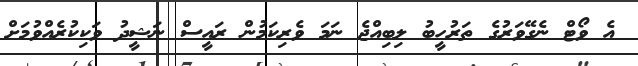
އެ ވޯޓް ނެގޭވަރުގެ ތަރުހީބު ލިބިއްޖެ ނަމަ ވެރިކަމުން ރައީސް ނަޝީދު ވަކިކުރެއްވުމަށް